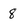
Character: 8